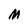
Character: M